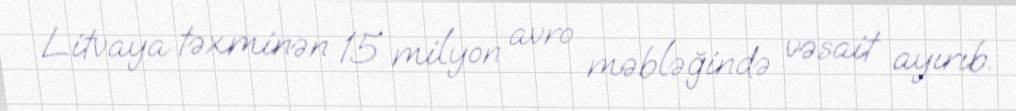
Litvaya təxminən 15 milyon avro məbləğində vəsait ayırıb.